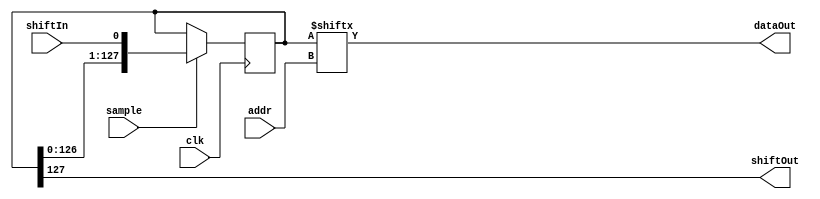
module SigmaDeltaPhasedArray128Buf (
    input clk,
    input sample,
    input shiftIn,
    input [6:0] addr,
    output shiftOut,
    output dataOut
);
reg [127:0] shiftReg;
assign dataOut = shiftReg[addr];
assign shiftOut = shiftReg[127];
always @(posedge clk) begin
    if (sample) begin
        shiftReg <= {shiftReg[126:0], shiftIn};
    end
end
endmodule